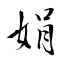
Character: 娟